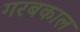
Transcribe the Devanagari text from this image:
गरबकाल